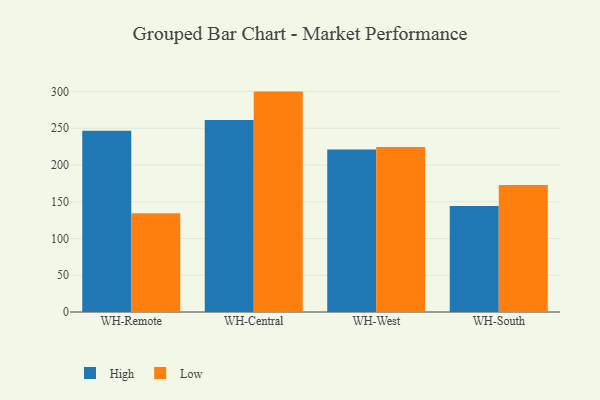
{"axis": {"x": "Warehouse", "y": "Active Users"}, "legend": ["High", "Low"], "data": [{"x": "WH-Remote", "y": 246.6, "type": "High"}, {"x": "WH-Remote", "y": 134.5, "type": "Low"}, {"x": "WH-Central", "y": 261.4, "type": "High"}, {"x": "WH-Central", "y": 299.9, "type": "Low"}, {"x": "WH-West", "y": 221.0, "type": "High"}, {"x": "WH-West", "y": 224.6, "type": "Low"}, {"x": "WH-South", "y": 144.2, "type": "High"}, {"x": "WH-South", "y": 172.7, "type": "Low"}]}